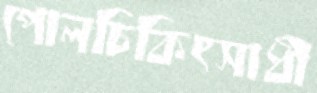
পোলচিকিৎসাধী